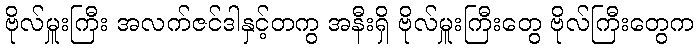
ဗိုလ်မှူးကြီး အလက်ဇင်ဒါနှင့်တကွ အနီးရှိ ဗိုလ်မှူးကြီးတွေ ဗိုလ်ကြီးတွေက